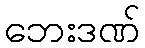
ဘေးဒဏ်